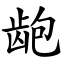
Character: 龅